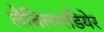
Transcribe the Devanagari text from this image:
लैबिलारडियेर